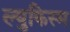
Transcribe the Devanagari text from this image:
ल्युकिस्म